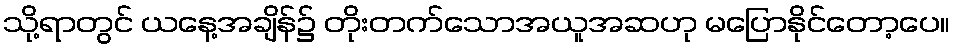
သို့ရာတွင် ယနေ့အချိန်၌ တိုးတက်သောအယူအဆဟု မပြောနိုင်တော့ပေ။